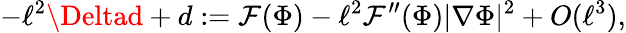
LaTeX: -\ell^{2}\Deltad+d:=\mathcal{F}(\Phi)-\ell^{2}\mathcal{F}^{\prime\prime}(\Phi)|\nabla\Phi|^{2}+O(\ell^{3}),